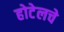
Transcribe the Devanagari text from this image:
होटेलचे